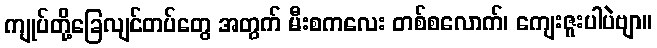
ကျုပ်တို့ခြေလျင်တပ်တွေ အတွက် မီးစကလေး တစ်စလောက်၊ ကျေးဇူးပါပဲဗျာ။